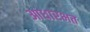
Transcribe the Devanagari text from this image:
आधारभत